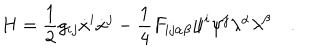
LaTeX: H = \frac { 1 } { 2 } g _ { i j } \dot { x } ^ { i } \dot { x } ^ { j } - \frac { 1 } { 4 } F _ { i j \alpha \beta } \psi ^ { i } \psi ^ { j } \lambda ^ { \alpha } \lambda ^ { \beta } \quad .